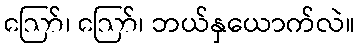
ဪ၊ ဪ၊ ဘယ်နှယောက်လဲ။